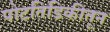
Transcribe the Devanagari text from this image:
पोटतिडिकीतून